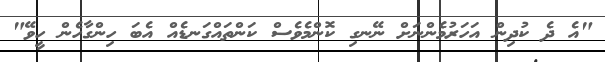
"އެ ދެ ކުދިން އަހަރުމެންނަށް ނޭނގި ކޮންމެވެސް ކަންތައްގަނޑެއް އެބަ ހިންގާހެން ހީވޭ"